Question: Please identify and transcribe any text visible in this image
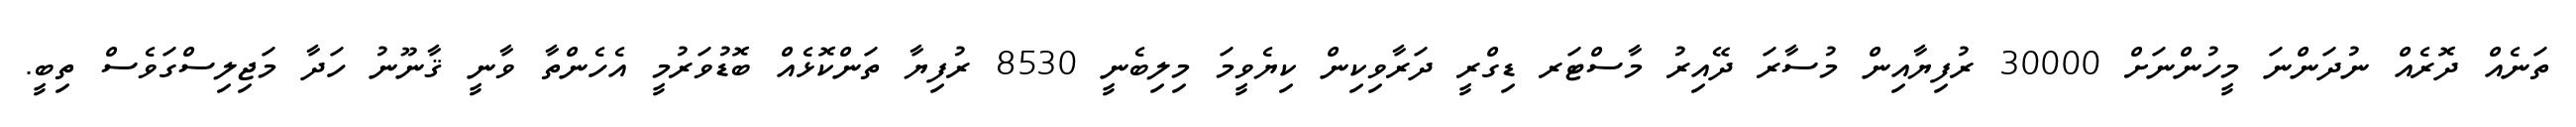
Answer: ތަނެއް ދޮރެއް ނުދަންނަ މީހުންނަށް 30000 ރުފިޔާއިން މުސާރަ ދޭއިރު މާސްޓަރ ޑިގްރީ ދަރާވިކިން ކިޔެވީމަ މިލިބެނީ 8530 ރުފިޔާ ތަންކޮޅެއް ބޮޑުވަރުމީ އެހެންތާ ވާނީ ޤާނޫނު ހަދާ މަޖިލިސްގަވެސް ތިބީ.